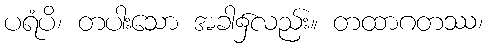
ပရံပိ၊ တပါးသော အခါ၌လည်း။ တထာဂတဿ၊